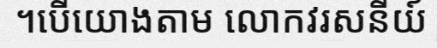
។បើយោងតាម លោកវរសនីយ៍